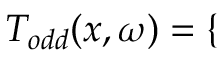
T _ { o d d } ( x , \omega ) = \left\{ \begin{array} { l l } \end{array} \right.